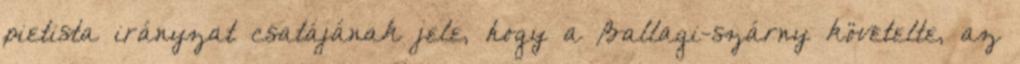
pietista irányzat csatájának jele, hogy a Ballagi-szárny követelte, az